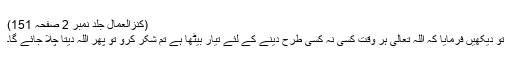
(کنزالعمال جلد نمبر 2 صفحہ 151)
تو دیکھیں فرمایا کہ اللہ تعالیٰ ہر وقت کسی نہ کسی طرح دینے کے لئے تیار بیٹھا ہے تم شکر کرو تو پھر اللہ دیتا چلا جائے گا۔